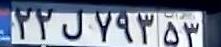
۲۲ل۷۹۳۵۳